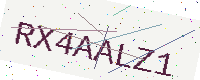
Text: RX4AALZ1